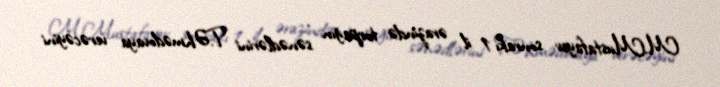
M.Mustafayev sonrakı 1 il ərazində torpağın sənədlərini T.Əhmədovaya verəcəyini